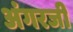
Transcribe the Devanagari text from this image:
अंगरजी